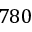
7 8 0